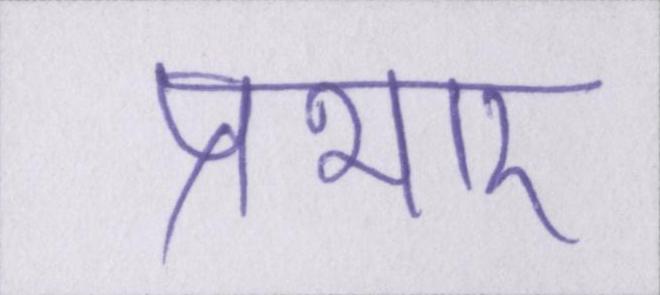
प्रभार